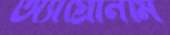
অ্যাগ্রোনমি